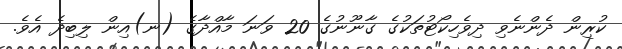
ކުރިން ދެންނެވި ދިވެހިކޯޓުތަކުގެ ގާނޫނުގެ 20 ވަނަ މާއްދާގެ (ނ)އިން ލިބިދެ އެވެ.